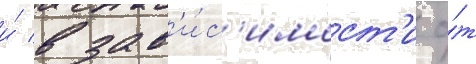
и́ в зав'и́с'имост'и о́т